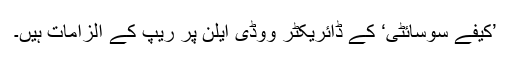
’کیفے سوسائٹی‘ کے ڈائریکٹر ووڈی ایلن پر ریپ کے الزامات ہیں۔